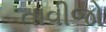
તાવીજો